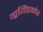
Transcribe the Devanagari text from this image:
ग्रयिंडकोर